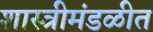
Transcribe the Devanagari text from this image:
शास्त्रीमंडळीत